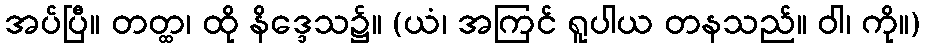
အပ်ပြီ။ တတ္ထ၊ ထို နိဒ္ဒေသ၌။ (ယံ၊ အကြင် ရူပါယ တနသည်။ ဝါ၊ ကို။)